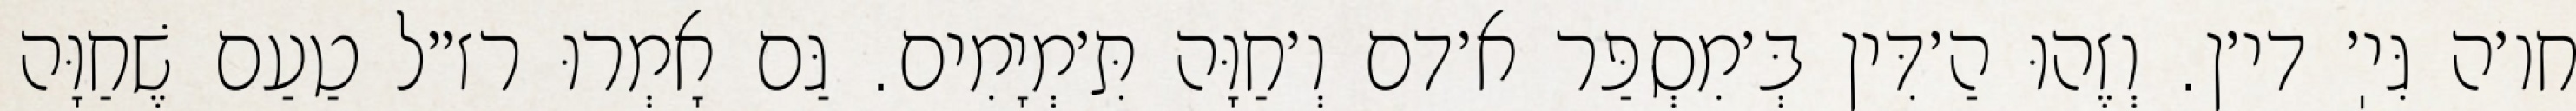
חו׳ה גִּיֽ׳ די׳ן. וְזֶהוּ הַ׳דִּין בְּ׳מִסְפַּר א׳דם וְ׳חַוָּה תִּ׳מְיָמִים. גַּם אָמְרוּ רז״ל טַעַם שֶׁחַוָּה